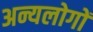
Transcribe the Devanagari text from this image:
अन्यलोगों